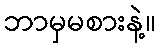
ဘာမှမစားနဲ့။